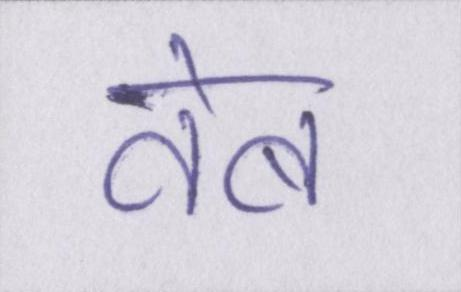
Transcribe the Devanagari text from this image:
वेब